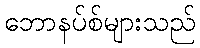
ဘောနပ်စ်များသည်